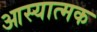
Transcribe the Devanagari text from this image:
आस्यात्मक